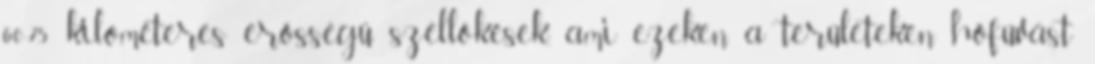
60-75 kilométeres erősségű széllökések, ami ezeken a területeken hófúvást